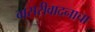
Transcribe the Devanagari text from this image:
बासरीवादनाचा